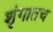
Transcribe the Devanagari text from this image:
शृंगातच